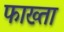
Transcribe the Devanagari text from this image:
फाख्‍ता